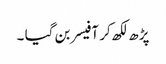
پڑھ لکھ کر آفیسر بن گیا ۔